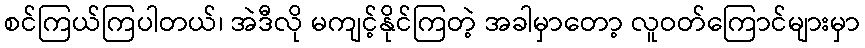
စင်ကြယ်ကြပါတယ်၊ အဲဒီလို မကျင့်နိုင်ကြတဲ့ အခါမှာတော့ လူဝတ်ကြောင်များမှာ